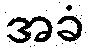
အခံ